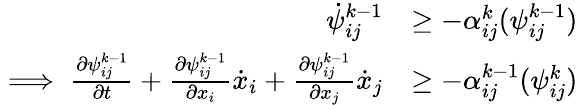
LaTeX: \begin{array}{rl}{\dot{\psi}_{ij}^{k-1}}&{\geq-\alpha_{ij}^{k}(\psi_{ij}^{k-1})}\\ {\implies\frac{\partial\psi_{ij}^{k-1}}{\partial t}+\frac{\partial\psi_{ij}^{k-1}}{\partial x_{i}}\dot{x}_{i}+\frac{\partial\psi_{ij}^{k-1}}{\partial x_{j}}\dot{x}_{j}}&{\geq-\alpha_{ij}^{k-1}(\psi_{ij}^{k})}\end{array}